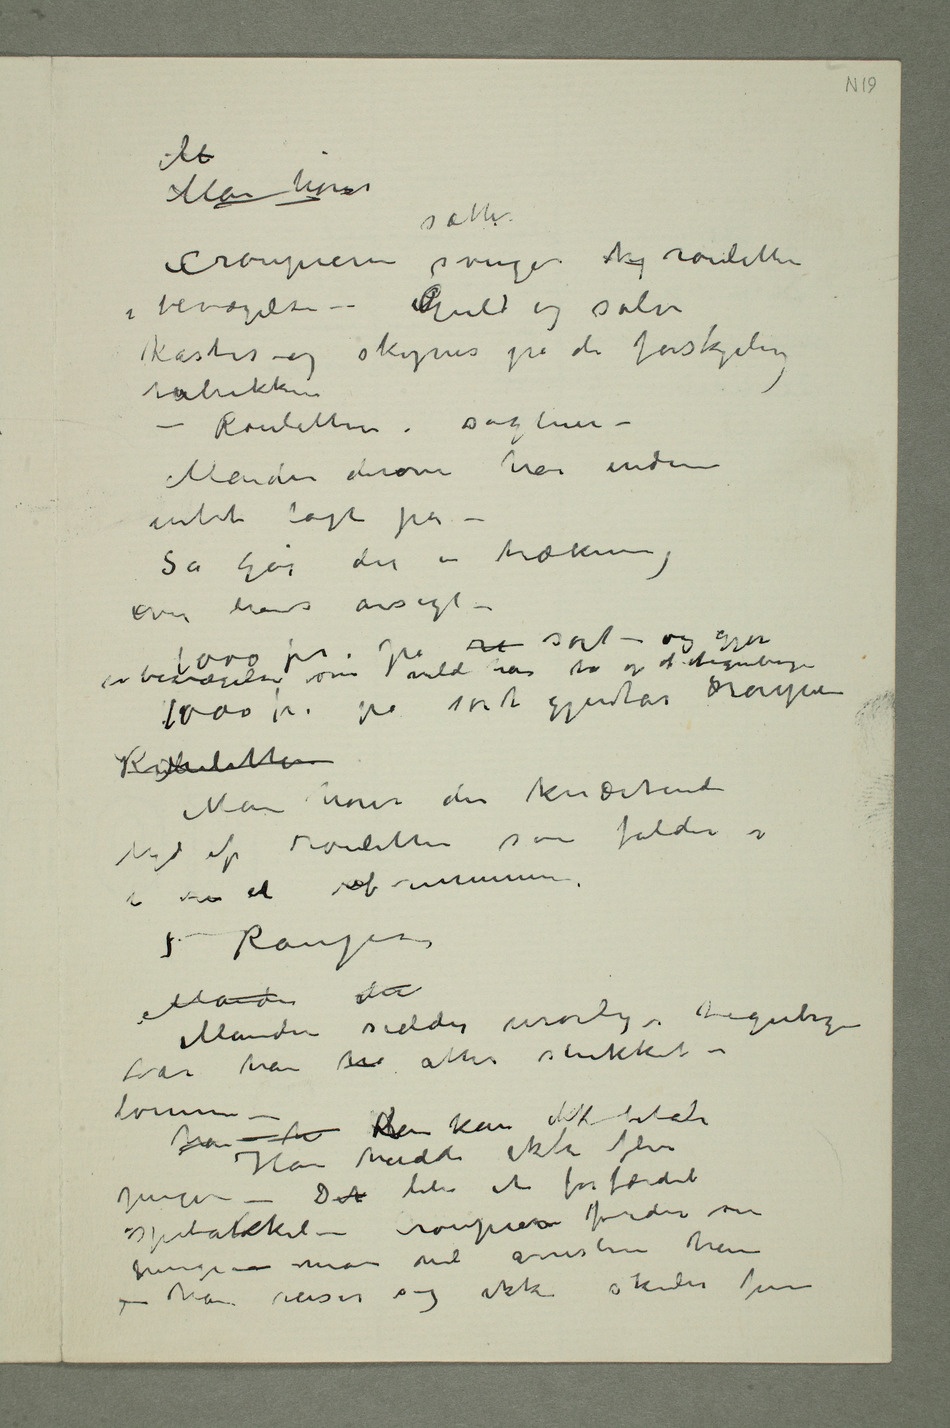
Man hører
Croupieren svinger sætter  rouletten
i bevægelse – Guld og sølv
kastes og skyves på de forskjelig
rubrikker
– Rouletten sagtner –
intet lagt på
over hans ansigt –
en bevægelse som vilde han ta op af tegnebogen
1000 fr på sort gjentar croupieren
Man hører den knærtende
lyd af rouletten som falder i
Manden der
Manden sidder urørlig – tegnebogen
han ha kHan kan ikke betale
Han hadde ikke flere
penger – Det ble et forfærdeli
spetakkel – Croupieren fordrer sine
penge – man vil arrestere
ham – han reiser sig ikkeskuler frem